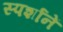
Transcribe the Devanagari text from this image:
स्पर्शानें